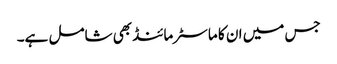
جس میں ان کا ماسٹرمائنڈ بھی شامل ہے۔